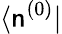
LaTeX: \langle\mathsf{n}^{(0)}|